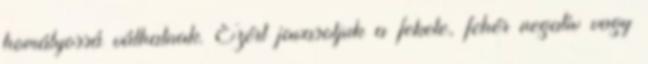
homályossá válhatnak. Ezért javasoljuk a fekete, fehér negatív vagy